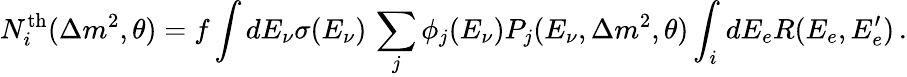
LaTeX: N_{i}^{\mathrm{th}}(\Delta m^{2},\theta)=f\int dE_{\nu}\sigma(E_{\nu})\, \sum_{j}\phi_{j}(E_{\nu})P_{j}(E_{\nu},\Delta m^{2},\theta)\int_{i}dE_{e}R(E_{e},E_{e}^{\prime})\, .